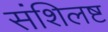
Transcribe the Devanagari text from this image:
संशिलष्ट